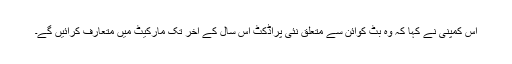
اس کمپنی نے کہا کہ وہ بٹ کوائن سے متعلق نئی پراڈکٹ اس سال کے آخر تک مارکیٹ میں متعارف کرائیں گے۔